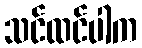
သင်ထင်ပါက